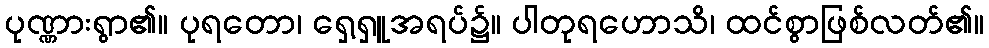
ပုဏ္ဏားရွာ၏။ ပုရတော၊ ရှေ့ရှူအရပ်၌။ ပါတုရဟောသိ၊ ထင်စွာဖြစ်လတ်၏။